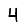
Digit: 4